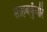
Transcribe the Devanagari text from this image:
साहबकुँवरि